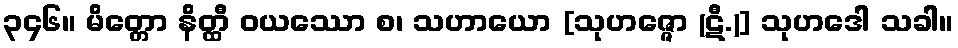
၃၄၆။ မိတ္တော နိတ္ထီ ဝယဿော စ၊ သဟာယော [သုဟဇ္ဇော (ဋီ.)] သုဟဒေါ သခါ။